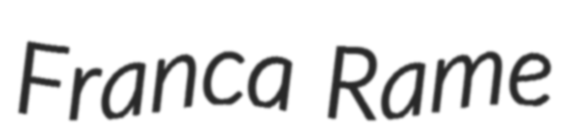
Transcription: Franca Rame